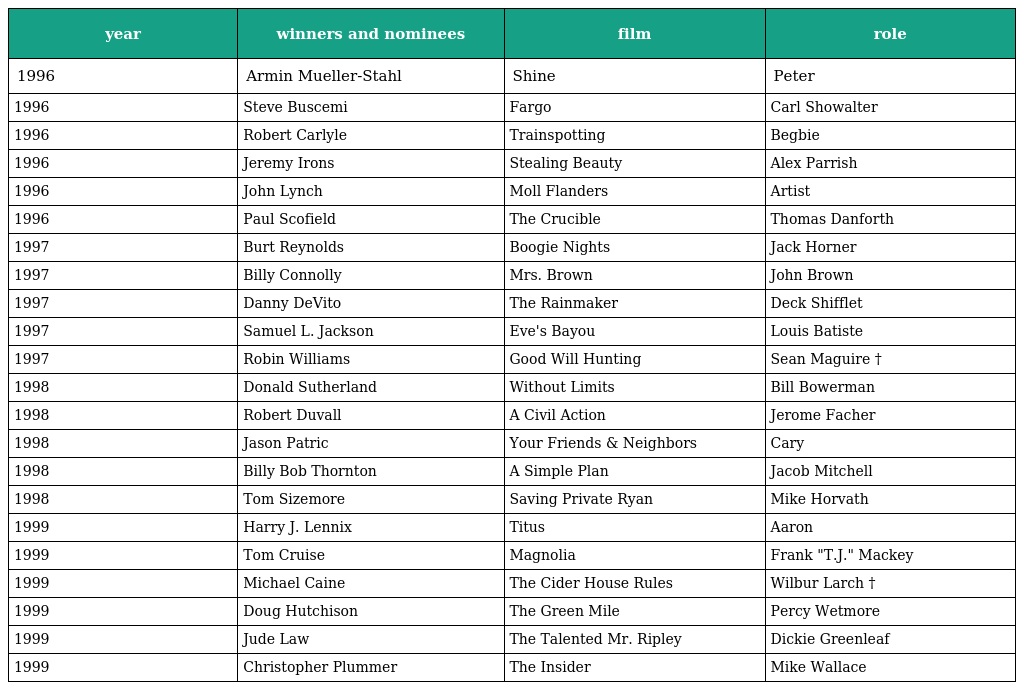
| year | winners and nominees | film | role |
 | --- | --- | --- | --- |
 | 1996 | Armin Mueller-Stahl | Shine | Peter |
 | 1996 | Steve Buscemi | Fargo | Carl Showalter |
 | 1996 | Robert Carlyle | Trainspotting | Begbie |
 | 1996 | Jeremy Irons | Stealing Beauty | Alex Parrish |
 | 1996 | John Lynch | Moll Flanders | Artist |
 | 1996 | Paul Scofield | The Crucible | Thomas Danforth |
 | 1997 | Burt Reynolds | Boogie Nights | Jack Horner |
 | 1997 | Billy Connolly | Mrs. Brown | John Brown |
 | 1997 | Danny DeVito | The Rainmaker | Deck Shifflet |
 | 1997 | Samuel L. Jackson | Eve's Bayou | Louis Batiste |
 | 1997 | Robin Williams | Good Will Hunting | Sean Maguire † |
 | 1998 | Donald Sutherland | Without Limits | Bill Bowerman |
 | 1998 | Robert Duvall | A Civil Action | Jerome Facher |
 | 1998 | Jason Patric | Your Friends & Neighbors | Cary |
 | 1998 | Billy Bob Thornton | A Simple Plan | Jacob Mitchell |
 | 1998 | Tom Sizemore | Saving Private Ryan | Mike Horvath |
 | 1999 | Harry J. Lennix | Titus | Aaron |
 | 1999 | Tom Cruise | Magnolia | Frank "T.J." Mackey |
 | 1999 | Michael Caine | The Cider House Rules | Wilbur Larch † |
 | 1999 | Doug Hutchison | The Green Mile | Percy Wetmore |
 | 1999 | Jude Law | The Talented Mr. Ripley | Dickie Greenleaf |
 | 1999 | Christopher Plummer | The Insider | Mike Wallace |